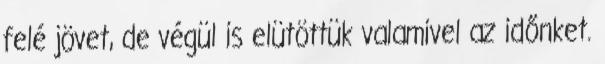
felé jövet, de végül is elütöttük valamivel az időnket.